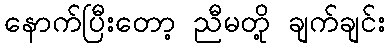
နောက်ပြီးတော့ ညီမတို့ ချက်ချင်း